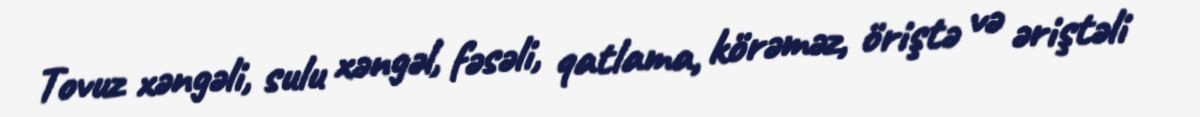
Tovuz xəngəli, sulu xəngəl, fəsəli, qatlama, körəməz, öriştə və əriştəli